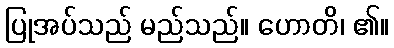
ပြုအပ်သည် မည်သည်။ ဟောတိ၊ ၏။